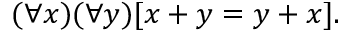
( \forall x ) ( \forall y ) [ x + y = y + x ] .